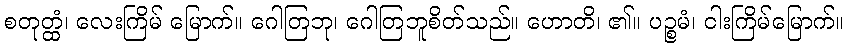
စတုတ္ထံ၊ လေးကြိမ် မြောက်။ ဂေါတြဘု၊ ဂေါတြဘူစိတ်သည်။ ဟောတိ၊ ၏။ ပဉ္စမံ၊ ငါးကြိမ်မြောက်။